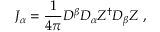
{ \cal J } _ { \alpha } = \frac { 1 } { 4 \pi } D ^ { \beta } D _ { \alpha } Z ^ { \dagger } D _ { \beta } Z ~ ,